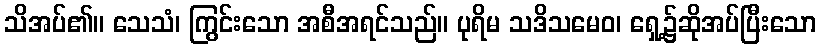
သိအပ်၏။ သေသံ၊ ကြွင်းသော အစီအရင်သည်။ ပုရိမ သဒိသမေဝ၊ ရှေ့၌ဆိုအပ်ပြီးသော